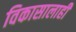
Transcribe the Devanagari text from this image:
विकासालाही